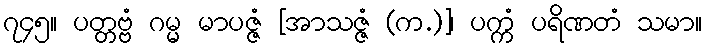
၇၄၅။ ပတ္တဗ္ဗံ ဂမ္မ မာပဇ္ဇံ [အာသဇ္ဇံ (က.)]၊ ပက္ကံ ပရိဏတံ သမာ။